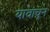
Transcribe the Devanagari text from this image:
यावांचून